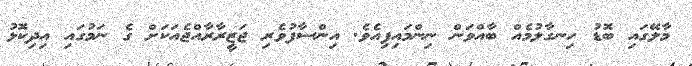
މާލޭގައި ބޮޑު ހިނގާލުމެއް ބާއްވަން ނިންމައިފިއެވެ. އިންސާފުވެރި ޖަޒީރާރާއްޖެއަކަށް ގެ ނަމުގައި އިދިކޮޅު